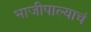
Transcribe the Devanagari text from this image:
भाजीपाल्याचं